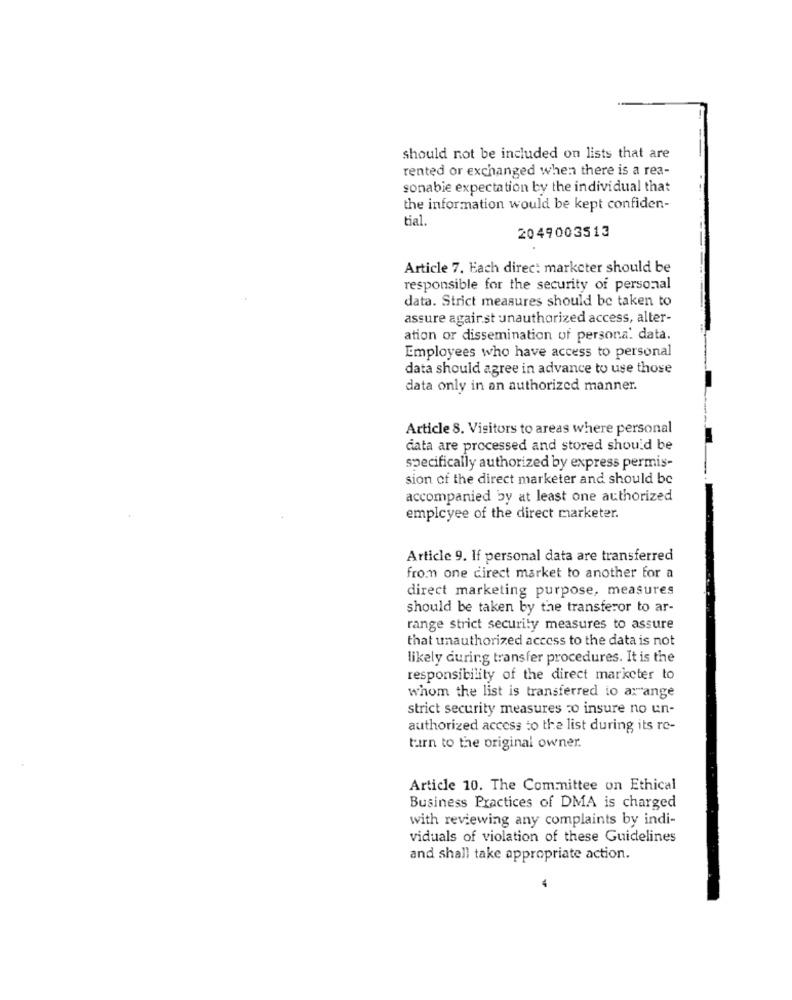
should not be included on lists that are
rented or exchanged when there is a rea-
sonabie expectation by the individual that
the information would be kept confiden-
tial
2049003513
Article 7. Each direc: marketer should be
responsible for the security of personal
data. Strict measures should be taken to
assure against unauthorized access, alter-
ation or dissemination of personal data.
Employees who have access to personal
data should agree in advance to use those
data only in an authorized manner.
Article 8. Visitors to areas where personal
data are processed and stored should be
specifically authorized by express permis-
sion of the direct marketer and should be
accompanied by at least one authorized
employee of the direct marketer.
Article 9. If personal data are transferred
from one direct market to another for a
direct marketing purpose, measures
should be taken by the transferor to ar-
range strict security measures to assure
that unauthorized access to the data is not
likely during transfer procedures. It is the
responsibility of the direct marketer to
whom the list is transferred io arange
strict security measures to insure no un-
authorized access to the list during its re-
turn to the original owner.
Article 10. The Committee on Ethical
Business Practices of DMA is charged
with reviewing any complaints by indi-
viduals of violation of these Guidelines
and shall take appropriate action.